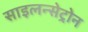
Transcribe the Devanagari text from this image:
साइलन्सेट्रोन